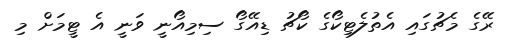
ރޭގެ މެޗުގައި އެތުލެޓިކޯގެ ކޯޗު ޑިއޭގޯ ސިމިއޯނީ ވަނީ އެ ޓީމަށް މި